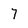
Character: 7